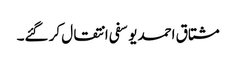
مشتاق احمد یوسفی انتقال کر گئے۔